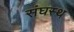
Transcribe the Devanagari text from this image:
संघस्थ